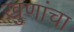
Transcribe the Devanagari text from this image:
खुणांचा